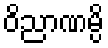
ဝိညာဏမ္ပိ